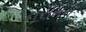
નરીમન